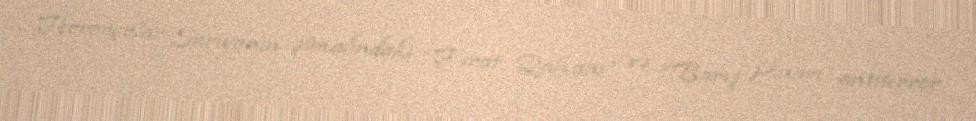
Terrorçular Suriyanın şimalındakı “Fərat Qalxanı” və “Barış Pinarı” antiterror